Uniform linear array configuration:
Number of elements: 8
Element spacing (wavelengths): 0.25
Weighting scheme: exponential
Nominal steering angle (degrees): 0
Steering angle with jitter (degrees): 1.046
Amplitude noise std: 0.05
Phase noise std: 0.05

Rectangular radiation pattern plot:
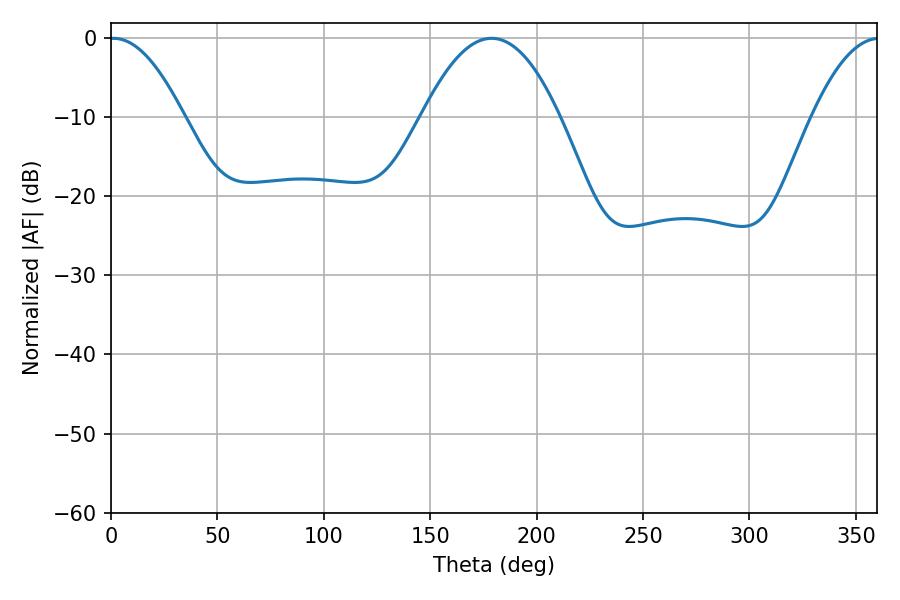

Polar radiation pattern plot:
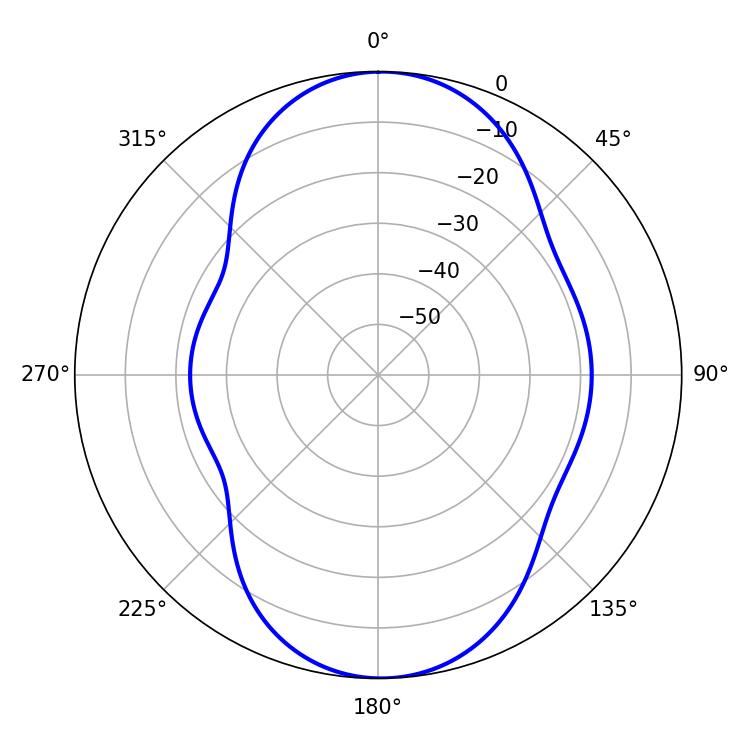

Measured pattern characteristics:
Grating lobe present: FALSE
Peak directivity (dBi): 15.886
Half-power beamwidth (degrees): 19.08
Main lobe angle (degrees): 1.08